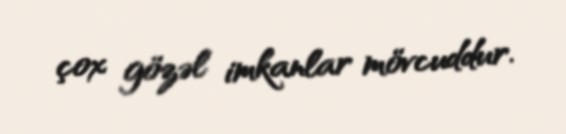
çox gözəl imkanlar mövcuddur.